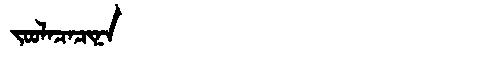
Manchu: ᠵᠣᠣᠯᠠᠴᠠᠴᡳᠨᠠ
Romanization: JOOLACACINA